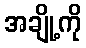
အချို့ကို